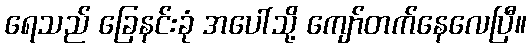
ရေသည် ခြေနင်းခုံ အပေါ်သို့ ကျော်တက်နေလေပြီ။